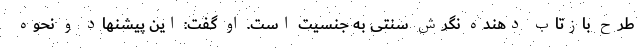
طرح بازتاب دهنده نگرش سنتی به جنسیت است. او گفت: این پیشنهاد و نحوه